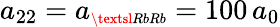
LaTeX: a_{22}=a_{\scriptscriptstyle\textsl{RbRb}}=100\, a_{0}